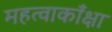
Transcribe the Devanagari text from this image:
महत्वाकाँक्षा